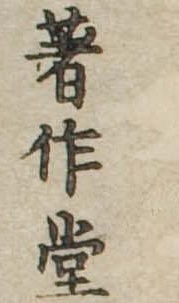
著作堂